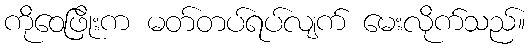
ကိုဝေဖြိုးက မတ်တပ်ရပ်လျက် မေးလိုက်သည်။